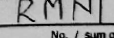
Transcription: RMN